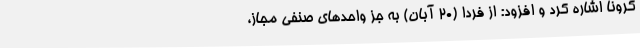
کرونا اشاره کرد و افزود: از فردا (20 آبان) به جز واحدهای صنفی مجاز،